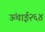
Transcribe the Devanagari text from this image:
ऊंचाई२६४